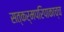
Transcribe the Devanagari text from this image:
सत्कर्मपरिपाकाच्च